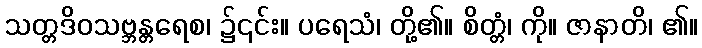
သတ္တဒိဝသဗ္ဘန္တရေစ၊ ၌၎င်း။ ပရေသံ၊ တို့၏။ စိတ္တံ၊ ကို။ ဇာနာတိ၊ ၏။